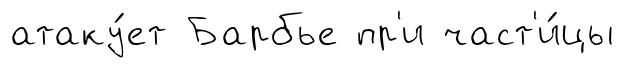
атаку́ет Барбье пр'и част'и́цы